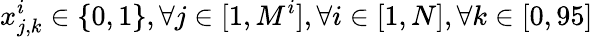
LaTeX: x_{j,k}^{i}\in\{ 0,1\} ,\forall j\in[1,M^{i}],\forall i\in[1,N],\forall k\in[0,95]